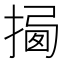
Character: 𢰕